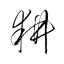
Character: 耕